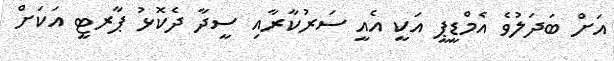
އަށް ބަދަލުވެ އެމްޑީޕީ އަކީ އެއީ ސަރުކާރާއި ސީދާ ދެކޮޅު ޕާރޓީ އަކަށް